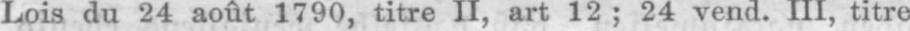
Lois du 24 août 1790, titre II, art 12; 24 vend. III, titre